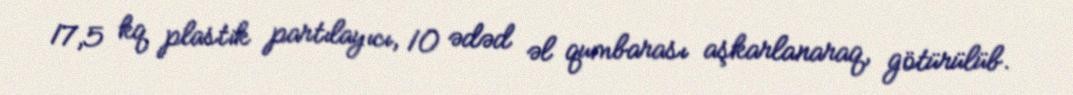
17,5 kq plastik partılayıcı, 10 ədəd əl qumbarası aşkarlanaraq, götürülüb.